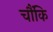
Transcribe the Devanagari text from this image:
चौंकि